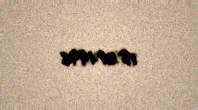
18.01.1996